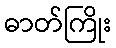
ဓာတ်ကြိုး